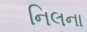
નિલના